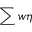
\sum w \eta